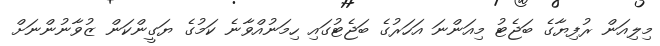
މިލިއަން ރުފިޔާގެ ބަޖެޓު މިއަންނަ އަހަރުގެ ބަޖެޓުގައި ހިމަނުއްވާނެ ކަމުގެ ޔަގީންކަން ޒުވާނުންނަށް